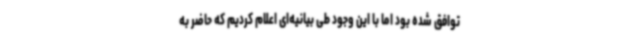
توافق شده بود اما با این وجود طی بیانیه‌ای اعلام کردیم که حاضر به